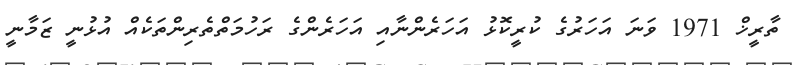
ތާރީޚް 1971 ވަނަ އަހަރުގެ ކުރީކޮޅު އަހަރެންނާއި އަހަރެންގެ ރަހުމަތްތެރިންތަކެއް އުޅުނީ ޒަމާނީ